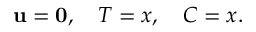
\mathbf { u } = \mathbf { 0 } , \quad T = x , \quad C = x .